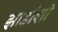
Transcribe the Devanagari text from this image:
झाडांशी